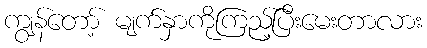
ကျွန်တော့် မျက်နှာကိုကြည့်ပြီးမေးတာလား